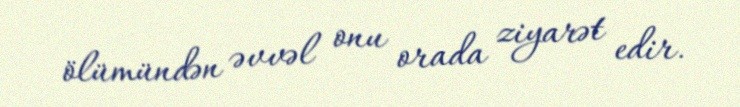
ölümündən əvvəl onu orada ziyarət edir.